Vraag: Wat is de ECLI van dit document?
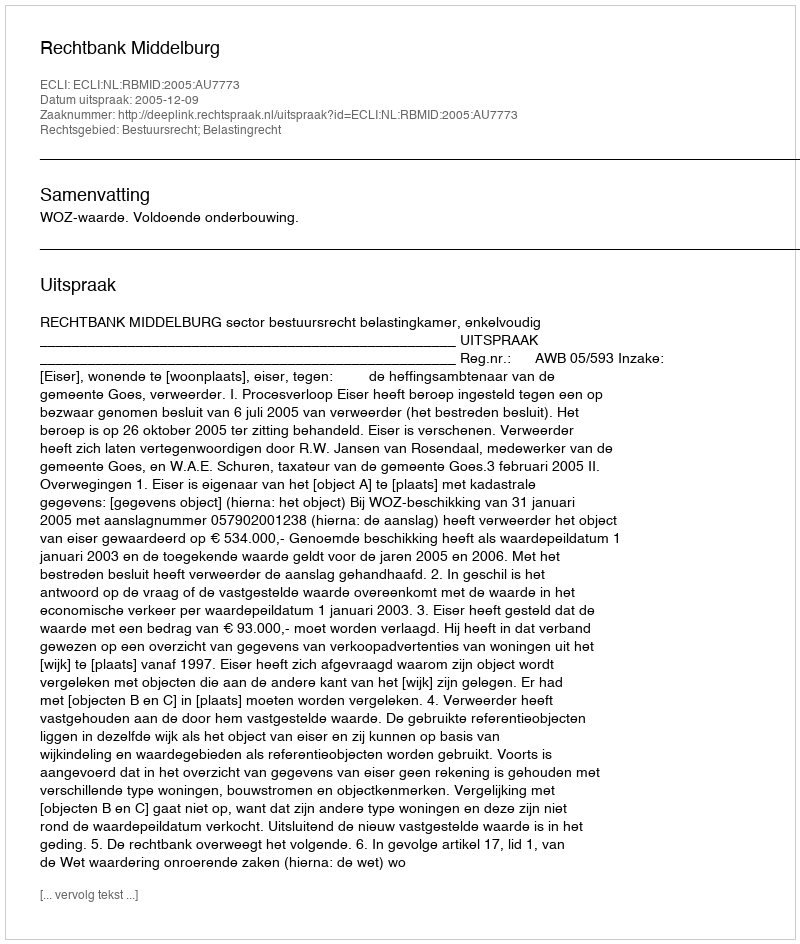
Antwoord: ECLI:NL:RBMID:2005:AU7773